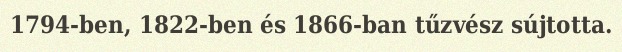
1794-ben, 1822-ben és 1866-ban tűzvész sújtotta.